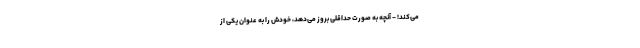
می‌کند! - آنچه به صورت حداقلی بروز می‌دهد، خودش را به عنوان یکی از